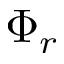
\Phi _ { r }